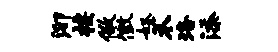
泖按儆徽怒禾珞添